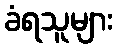
ခံရသူများ